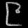
Digit: ၉